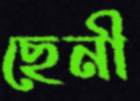
ছেনী